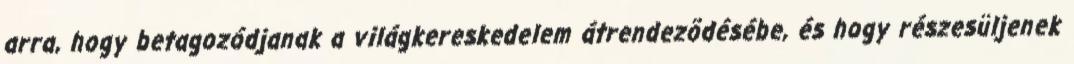
arra, hogy betagozódjanak a világkereskedelem átrendezõdésébe, és hogy részesüljenek